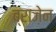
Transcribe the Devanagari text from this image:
ब्राज़ेन